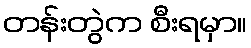
တန်းတွဲက စီးရမှာ။